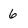
Character: 6